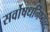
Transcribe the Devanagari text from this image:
सर्वोषधनिष्यन्द